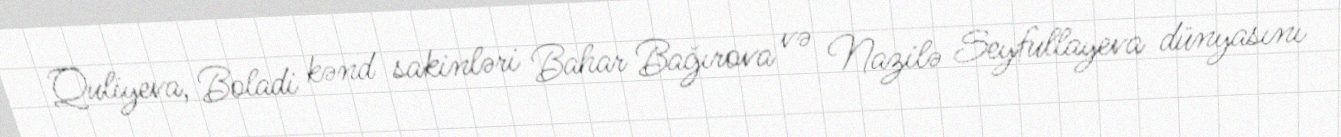
Quliyeva, Boladi kənd sakinləri Bahar Bağırova və Nazilə Seyfullayeva dünyasını